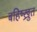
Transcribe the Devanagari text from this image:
बहिष्ख्रुत